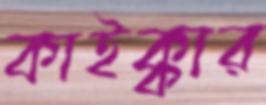
কাইক্কার